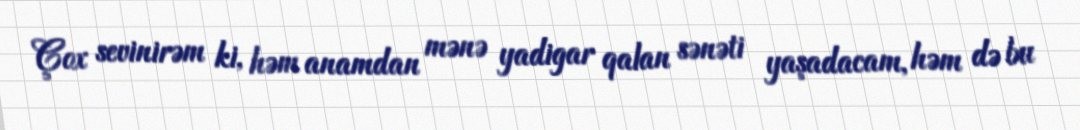
Çox sevinirəm ki, həm anamdan mənə yadigar qalan sənəti yaşadacam, həm də bu